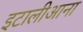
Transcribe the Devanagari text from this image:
इटालीआना